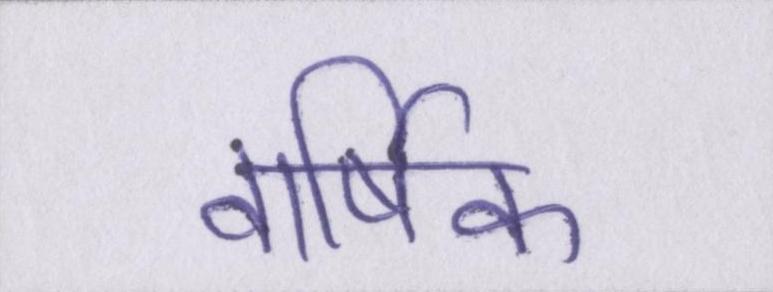
वार्षिक